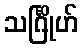
သင်္ဂြိုဟ်